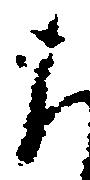
に